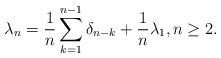
LaTeX: \begin{align*}\lambda_n = \frac{1}{n}\sum_{k=1}^{n-1} \delta_{n-k} + \frac{1}{n}\lambda_1, n \geq 2.\end{align*}